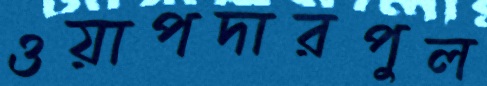
ওয়াপদারপুল